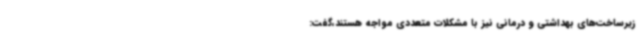
زیرساخت‌های بهداشتی و درمانی نیز با مشکلات متعددی مواجه هستند،گفت: